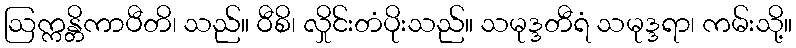
ဩက္ကန္တိကာပီတိ၊ သည်။ ဝီစိ၊ လှိုင်းတံပိုးသည်။ သမုဒ္ဒတီရံ သမုဒ္ဒရာ၊ ကမ်းသို့။